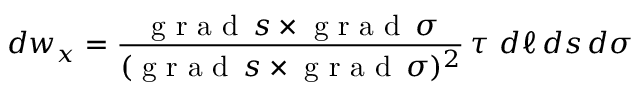
d w _ { \boldsymbol x } = \frac { \mathrm { ~ g ~ r ~ a ~ d ~ } \, s \times \mathrm { ~ g ~ r ~ a ~ d ~ } \, \sigma } { ( \mathrm { ~ g ~ r ~ a ~ d ~ } \, s \times \mathrm { ~ g ~ r ~ a ~ d ~ } \, \sigma ) ^ { 2 } } \, \boldsymbol \tau \ d \ell \, d s \, d \sigma